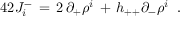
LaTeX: \l { 4 2 } J _ { i } ^ { - } \, = \, 2 \, \partial _ { + } \rho ^ { i } \, + \, h _ { + + } \partial _ { - } \rho ^ { i } \; \; .